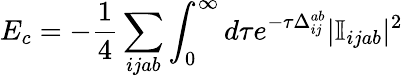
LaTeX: E_{c}=-\frac{1}{4}\sum_{ijab}\int_{0}^{\infty}d\tau e^{-\tau\Delta_{ij}^{ab}}|\mathbb{I}_{ijab}|^{2}